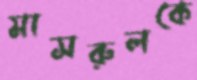
মাসরুলকে